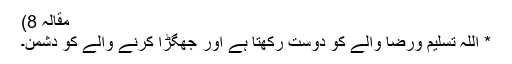
مقالہ 8)
* اللہ تسلیم ورضا والے کو دوست رکھتا ہے اور جھگڑا کرنے والے کو دشمن۔